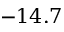
- 1 4 . 7